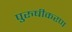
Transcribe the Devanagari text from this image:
पुरुषीकरण